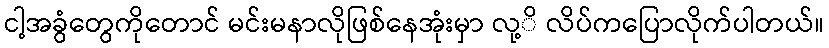
ငါ့အခွံတွေကိုတောင် မင်းမနာလိုဖြစ်နေအုံးမှာ လု့ိ လိပ်ကပြောလိုက်ပါတယ်။